Problem: 4 × 2 = ?
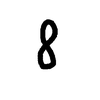
Handwritten answer: 8